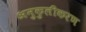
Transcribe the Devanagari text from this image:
अनुकुलीकरण